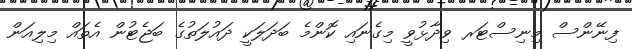
ފިނޭންސް މިނިސްޓަރ ވިދާޅުވީ މިގެނައި ކޮންމެ ބަދަލަކީ ދައުލަތުގެ ބަޖެޓުން އެތައް މިލިއަން